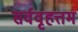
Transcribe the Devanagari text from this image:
सर्ववृहत्तम